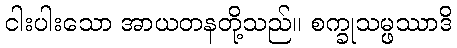
ငါးပါးသော အာယတနတို့သည်။ စက္ခုသမ္ဖဿာဒိ